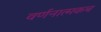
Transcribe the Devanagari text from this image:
वर्णनात्मकच